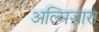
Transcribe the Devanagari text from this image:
अल्मिज़ारा